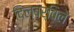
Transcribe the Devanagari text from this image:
दिल्बर्विले